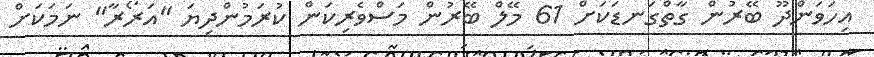
އިހަވަންދޫ ބޭރުން ގާތްގަނޑަކަށް 61 މޭލް ބޭރުން މަސްވެރިކަން ކުރަމުންދިޔަ "އަރޯރާ" ނަމަކަށް